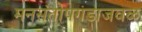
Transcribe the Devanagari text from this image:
मनसंतोषगडाजवळ